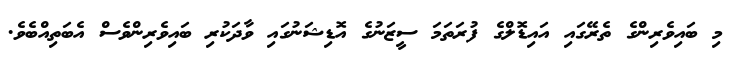
މި ބައިވެރިންގެ ތެރޭގައި އައިޑޮލްގެ ފުރަތަމަ ސީޒަނުގެ އޮޑިޝަނުގައި ވާދަކުރި ބައިވެރިންވެސް އެބަތިއްބެވެ.